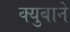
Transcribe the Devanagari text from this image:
क्युबाने